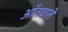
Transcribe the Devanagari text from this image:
आँतवाले